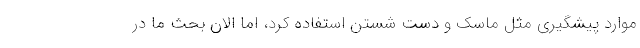
موارد پیشگیری مثل ماسک و دست شستن استفاده کرد، اما الان بحث ما در